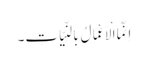
اِنَّمَا الْاَعْمَالُ بِالنِّیَّاتِ۔